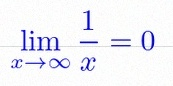
\lim_{x\to\infty}\frac{1}{x}=0